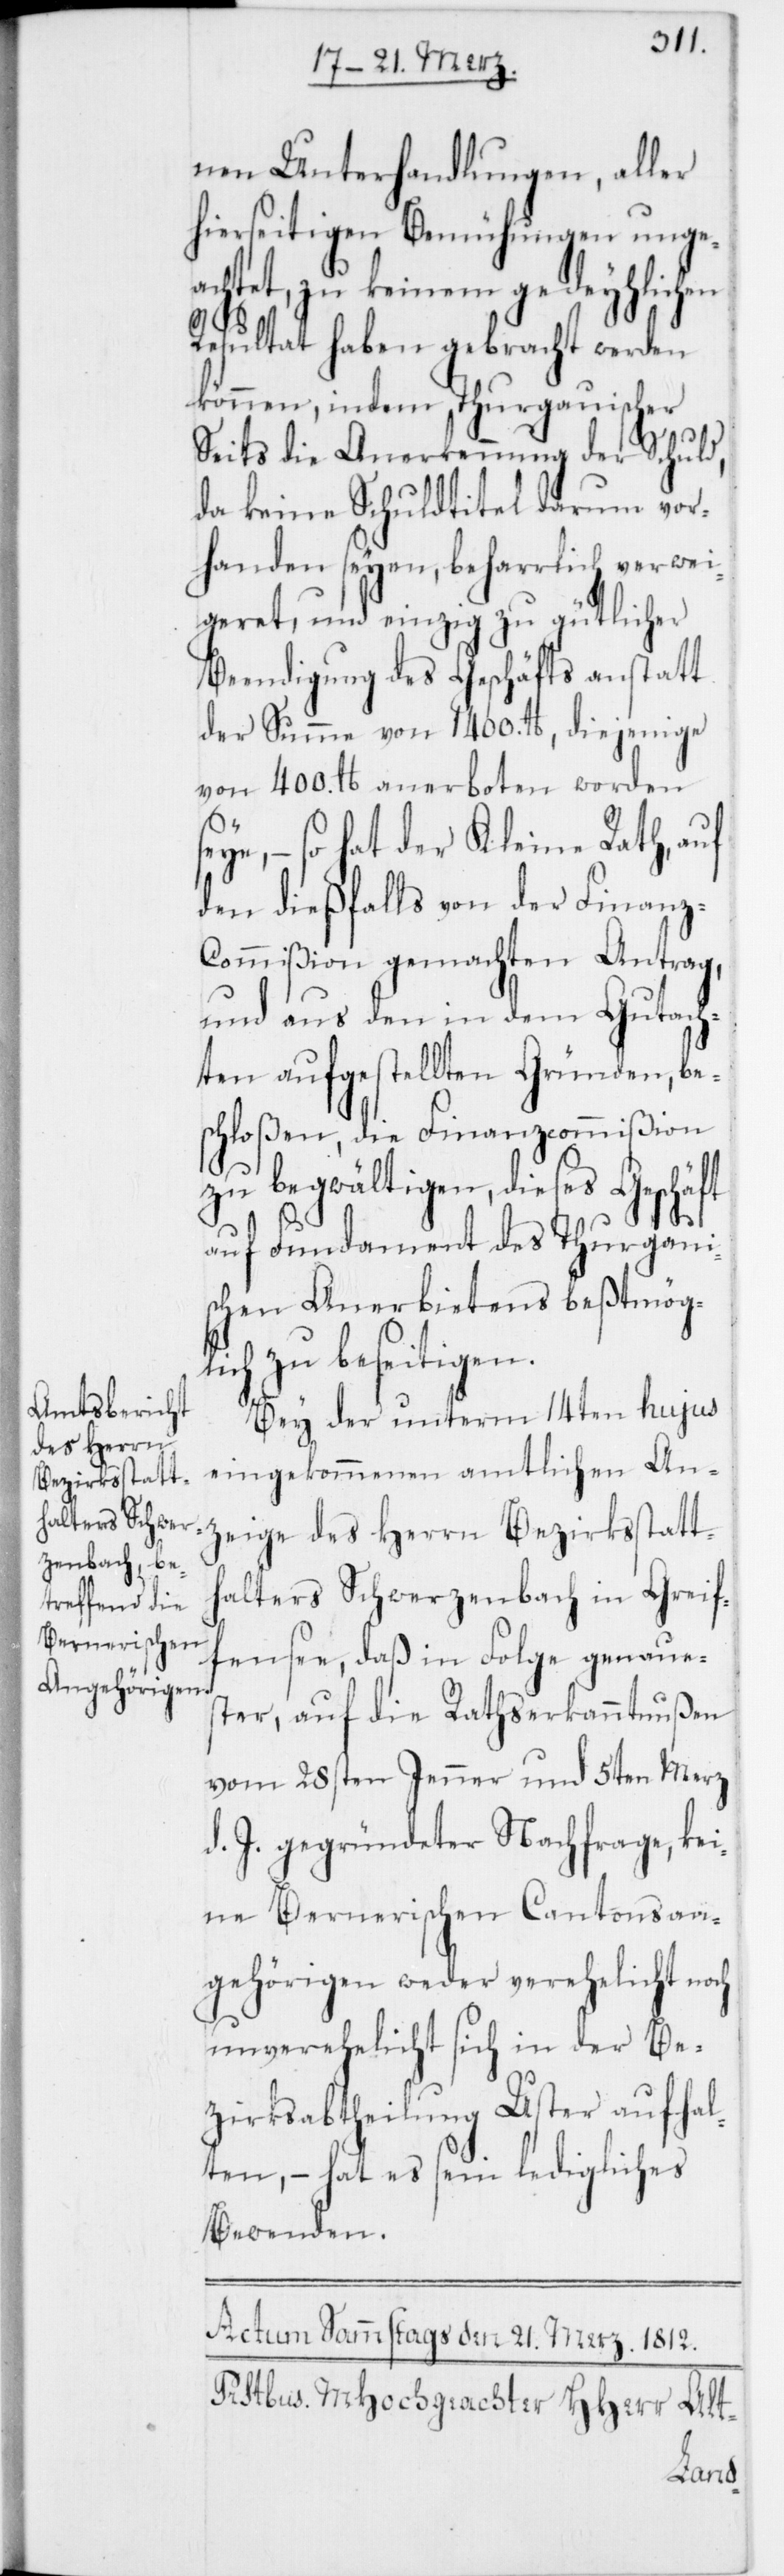
nen Unterhandlungen, aller
hierseitigen Bemühungen unge¬
achtet, zu keinem gedeyhlichen
s¬
Resultat haben gebracht werden
können, indem Thurgauischer
Seits die Anerkennung der Schuld,
da keine Schuldtitel darum vor¬
handen seyen, beharrlich verwei¬
geret, und einzig zu gütlicher
Beendigung des Geschäfts anstatt
der Summe von 1400. lb., diejenige
von 400. lb. anerboten worden
eye, – so hat der Kleine Rath, auf
den dießfalls von der Finan¬
z-Commißion gemachten Antrag,
und aus den in dem Gutach¬
ten aufgestellten Gründen, be¬
schloßen, die Finanzcommißion
zu begwältigen, dieses Geschäft
auf Fundament des Thurgaui¬
schen Anerbietens beßtmögl¬
ich zu beseitigen.
Bey der unterm 14ten hujus
eingekommenen amtlichen An¬
zeige des Herrn Bezirksstatt¬
halters Schwerzenbach in Greif¬
fensee, daß in Folge genaue¬
ster, auf die Rathserkanntnußen
vom 28sten Jenner und 5ten Merz
d. J. gegründeter Nachfrage, kei¬
ne Bernerischen Cantonsan¬
gehörigen weder verehelicht noch
unverehelicht sich in der Be¬
zirksabtheilung Uster aufhal¬
ten, – hat es sein ledigliches
Bewenden.